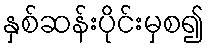
နှစ်ဆန်းပိုင်းမှစ၍